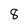
Character: 8